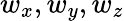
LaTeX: w_{x},w_{y},w_{z}